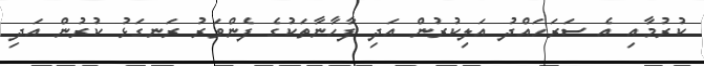
ކުރުމާއި އެ ސަރަހައްދު އަލިކުރުން އަދި ފާހާނާތަކުގެ ފެންވަރު ރަނގަޅު ކުރުން އަދި